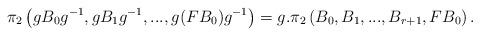
LaTeX: \begin{align*} \pi_2\left(gB_0g^{-1},gB_1g^{-1},..., g(FB_0)g^{-1}\right)=g.\pi_2 \left(B_0,B_1,...,B_{r+1}, FB_0\right).\end{align*}